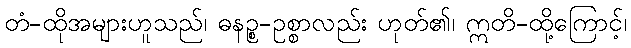
တံ-ထိုအများဟူသည်၊ ဓနဉ္စ-ဥစ္စာလည်း ဟုတ်၏၊ ဣတိ-ထို့ကြောင့်၊